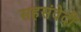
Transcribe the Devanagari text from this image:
सहसंवेदी